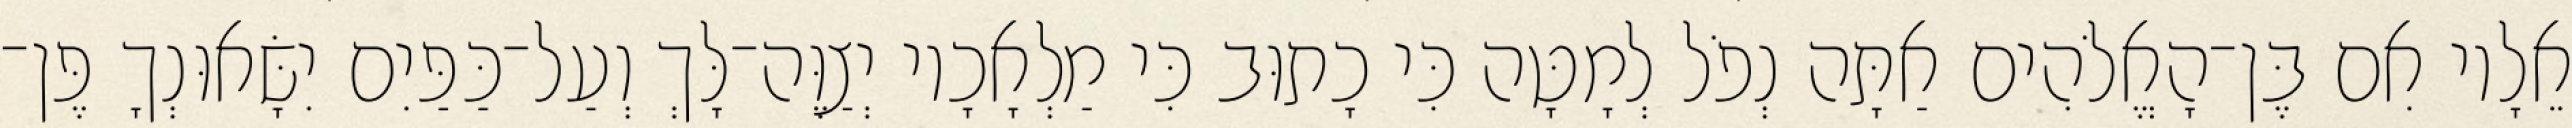
אֵלָיו אִם בֶּן־הָאֱלֹהִים אַתָּה נְפֹל לְמָטָּה כִּי כָתוּב כִּי מַלְאָכָיו יְצַוֶּה־לָּךְ וְעַל־כַּפַּיִם יִשָּׂאוּנְךָ פֶּן־